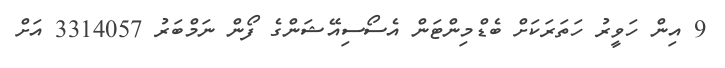
9 އިން ހަވީރު ހަތަރަކަށް ބެޑްމިންޓަން އެސޯސިއޭޝަންގެ ފޯން ނަމްބަރު 3314057 އަށް